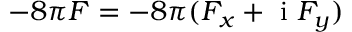
- 8 \pi F = - 8 \pi ( F _ { x } + \mathrm { ~ i ~ } F _ { y } )